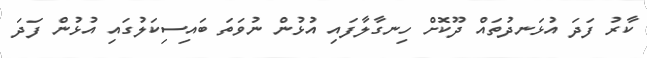
ކާރު ފަދަ އުޅަނދުތައް ދޫކޮށް ހިނގާލާފައި އުޅުން ނުވަތަ ބައިސިކަލުގައި އުޅުން ފަދަ